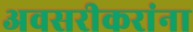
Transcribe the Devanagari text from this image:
अवसरीकरांना